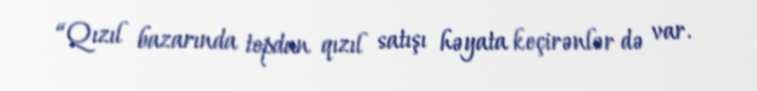
“Qızıl bazarında topdan qızıl satışı həyata keçirənlər də var.